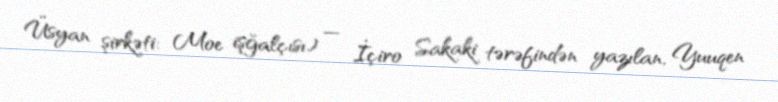
Üsyan şirkəti: Moe işğalçısı) — İçiro Sakaki tərəfindən yazılan, Yuuqen